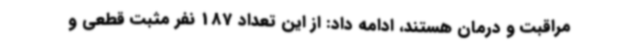
مراقبت و درمان هستند، ادامه داد: از این تعداد 187 نفر مثبت قطعی و